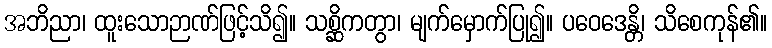
အဘိညာ၊ ထူးသောဉာဏ်ဖြင့်သိ၍။ သစ္ဆိကတွာ၊ မျက်မှောက်ပြု၍။ ပဝေဒေန္တိ၊ သိစေကုန်၏။